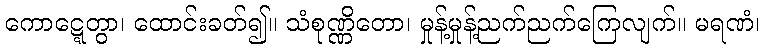
ကောဋ္ဋေတွာ၊ ထောင်းခတ်၍။ သံစုဏ္ဏိတော၊ မှုန့်မှုန့်ညက်ညက်ကြေလျက်။ မရဏံ၊